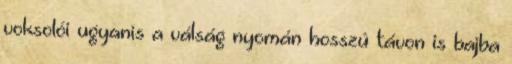
voksolói ugyanis a válság nyomán hosszú távon is bajba